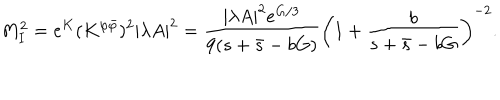
M _ { I } ^ { 2 } = e ^ { K } ( K ^ { \varphi \bar { \varphi } } ) ^ { 2 } | \lambda A | ^ { 2 } = \frac { | \lambda A | ^ { 2 } e ^ { G / 3 } } { 9 ( s + \bar { s } - b G ) } \left( 1 + \frac { b } { s + \bar { s } - b G } \right) ^ { - 2 } .